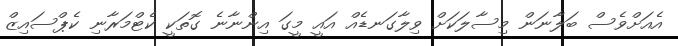
އެއަށްވެސް ބަލާނަން މިސާލަކަށް ވިލާގަނޑެއް އައީ މީގަ އިންނާނެ ގޮތަކީ ކެޓްމަރާނި ކެޕްސައިޒް